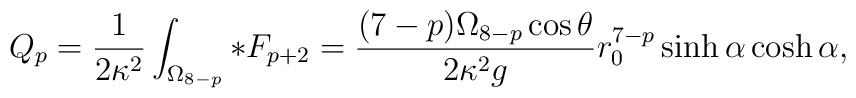
Q_p =\frac{1}{2\kappa^2}\int_{\Omega_{8-p}}*F_{p+2} =\frac{(7-p)\Omega_{8-p} \cos\theta}{2\kappa^2 g}r_0^{7-p}  \sinh\alpha \cosh\alpha,